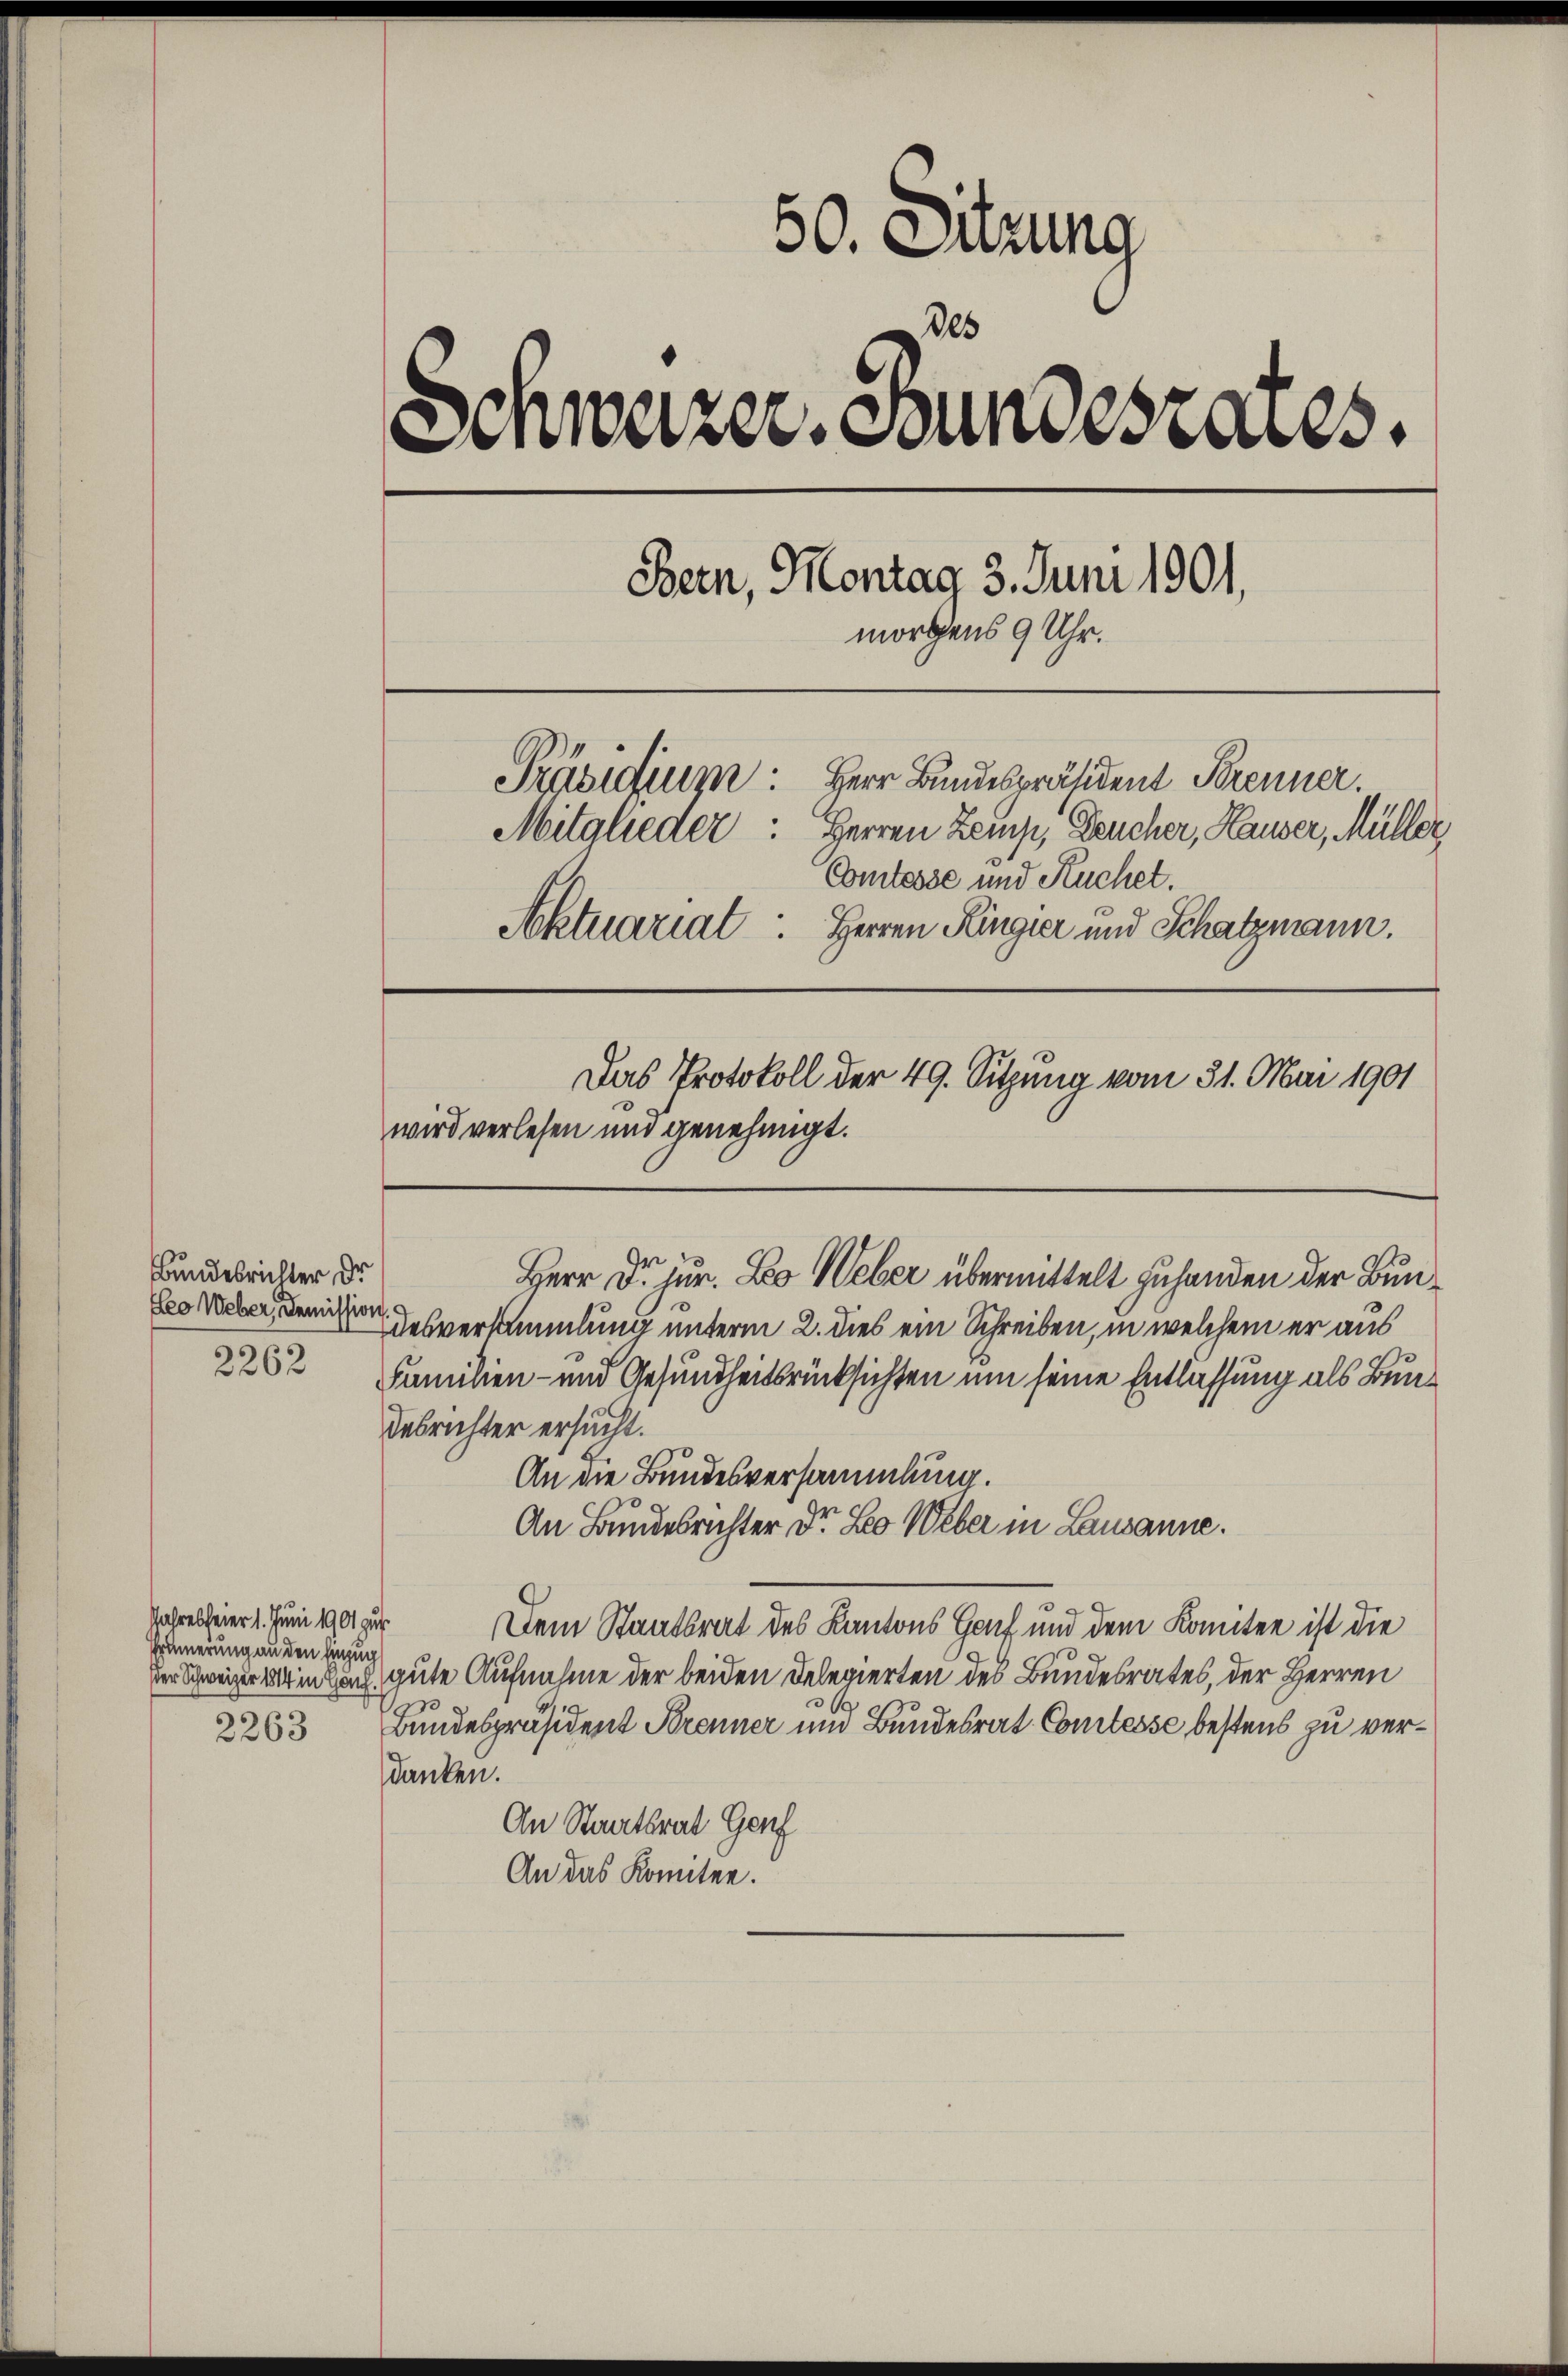
Bundesrichter, dr
Leo Weber, Demission.
2262

Jahresfeier 1. Juni 1901 zur
Prunerung an den Einzug
2263

50. Sitzung
des
Schweizer, Bundesrates.
Bern, Montag 3. Juni 1901,
morgens 9 Uhr.
Präsidium: Herr Bundespräsident Brenner.
Mitglieder: Herren Zemp, Deucher, Hauser, Müller
Comtesse und Kuchet.
Aktuariat: Herren Hingier und Schatzmann.
Das Protokoll der 49. Sitzung vom 31. Mai 1901
wird verlesen und genehmigt.

desversammlung unterm 2. dies ein Schreiben, in welchem er aus
Familien- und Gesundheitsrücksichten um seine Entlassung als Bundesrichter ersucht.
An die Bundesversammlung.
An Bundesrichter Dr. Leo Weber in Lausanne.
Dem Staatsrat des Kantons Genf und dem Komitee ist die
er Schweizer in Land gute Aufnahme der beiden Delegierten des Bundesrates, der Herren
Bundespräsident Brenner und Bundesrat Comtesse bestens zu verdanken.
An Staatsrat Genf
An das Komitee.

Herr Dr. jur. Leo Weber übermittelt zuhanden der Bun¬